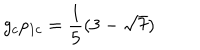
g _ { c } p _ { 1 c } = \frac { 1 } { 5 } ( { 3 - \sqrt { 7 } } )